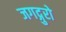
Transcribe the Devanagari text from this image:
जगद्गुरो